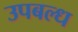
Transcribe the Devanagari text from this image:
उपबल्ध